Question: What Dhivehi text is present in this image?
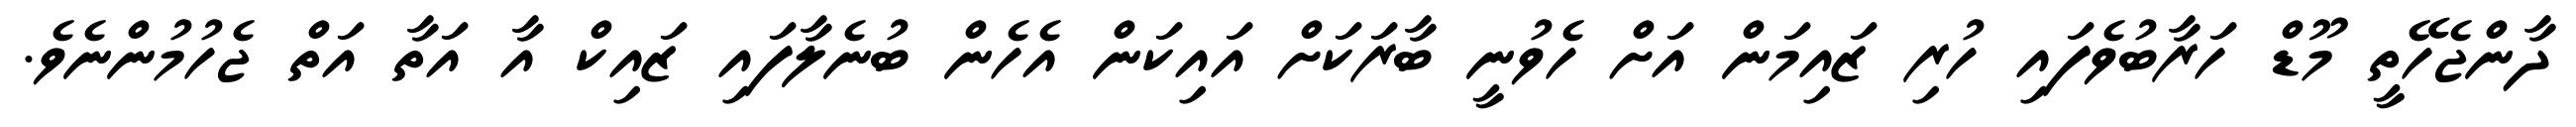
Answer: ދާންޖެހޭތީ މޫޑް ހަރާބުވެފައި ހުރި ޒައިމަން އަށް ހެވުނީ ބާރަކަށް އައިކަން އެހެން ބުނެލާފައި ޒައިކް އާ އަތާ އަތް ޖެހުމުންނެވެ.